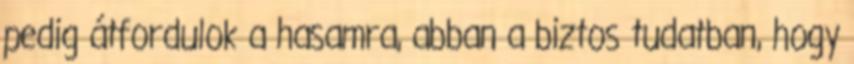
pedig átfordulok a hasamra, abban a biztos tudatban, hogy